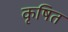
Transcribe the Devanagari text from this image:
कृषित